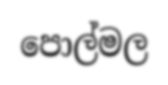
පොල්මල